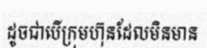
ដូចជាបើក្រុមហ៊ុនដែលមិនមាន